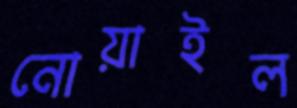
নোয়াইল